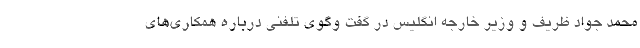
محمد جواد ظریف و وزیر خارجه انگلیس در گفت وگوی تلفنی درباره همکاری‌های